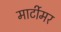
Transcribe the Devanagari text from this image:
मार्टीमर